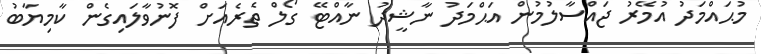
މުޙައްމަދު އުމޭރު ޖައްސާލުމުން އަޙްމަދު ނާޝީދު ނާއްޓޭ ގޯލް ތެރެއަށް ފޮނުވާލައިގެން ކާމިޔާބު